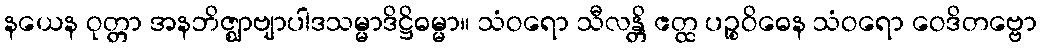
နယေန ဝုတ္တာ အနဘိဇ္ဈာဗျာပါဒသမ္မာဒိဋ္ဌိဓမ္မာ။ သံဝရော သီလန္တိ ဧတ္ထ ပဉ္စဝိဓေန သံဝရော ဝေဒိတဗ္ဗော